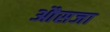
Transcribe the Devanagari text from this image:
औसजा